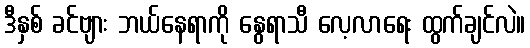
ဒီနှစ် ခင်ဗျား ဘယ်နေရာကို နွေရာသီ လေ့လာရေး ထွက်ချင်လဲ။